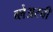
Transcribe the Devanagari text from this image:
ब्लेअरची